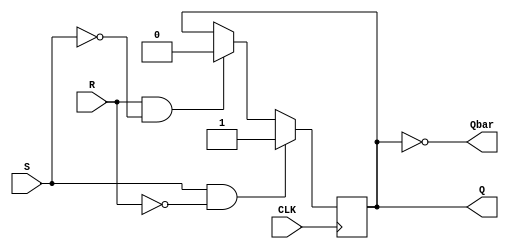
module Gated_SR_FF (
    input S, R, CLK,
    output reg Q, Qbar
);

always @(posedge CLK) begin
    if (S && !R) begin
        Q <= 1'b1;
    end else if (R && !S) begin
        Q <= 1'b0;
    end else begin
        Q <= Q;
    end
end

assign Qbar = ~Q;

endmodule